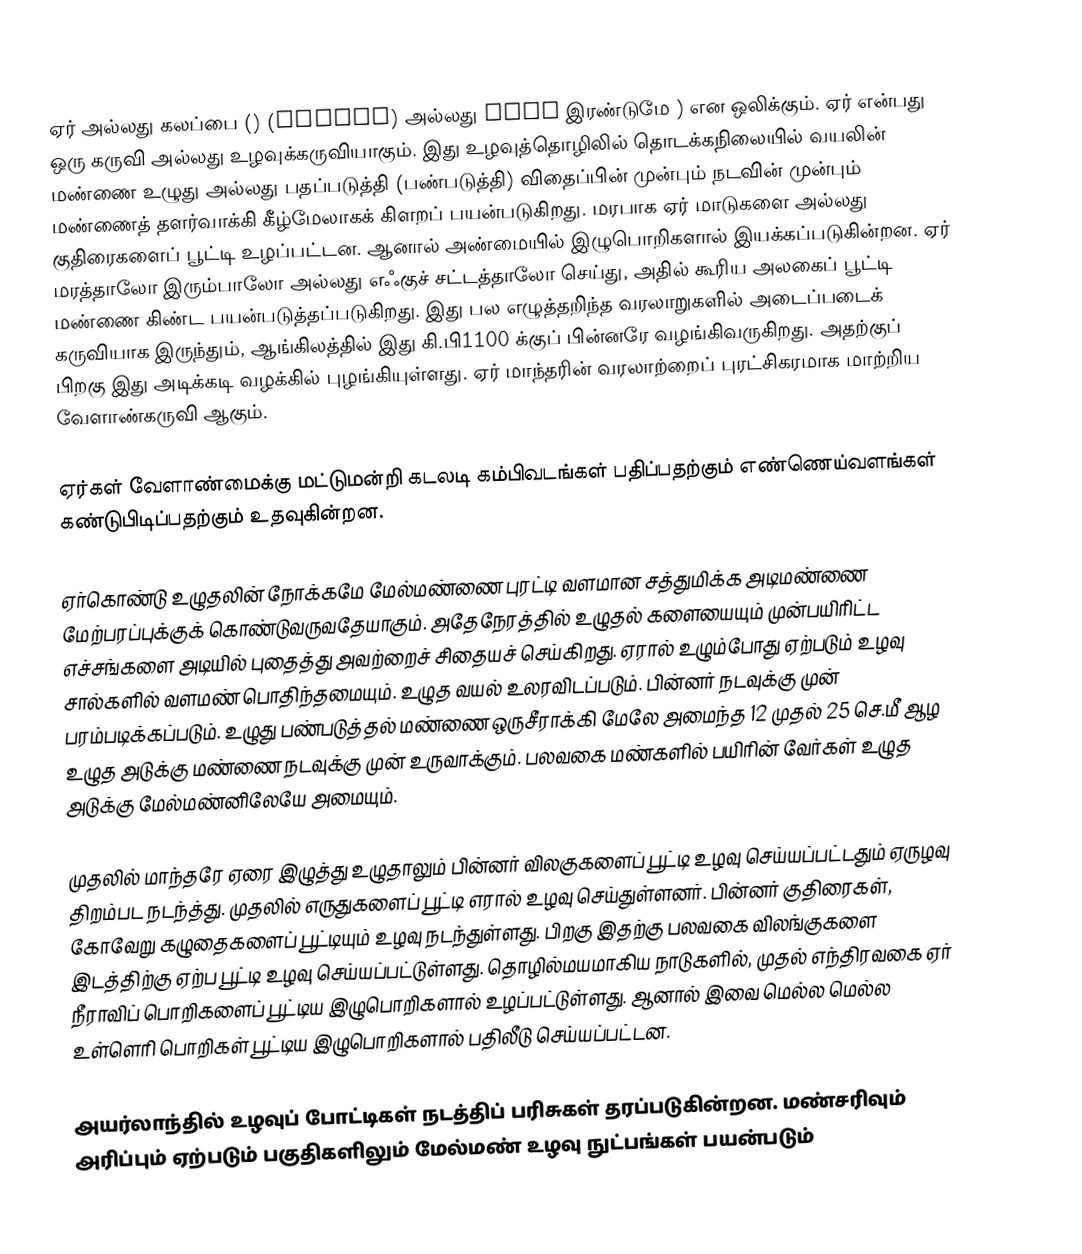
ஏர் அல்லது கலப்பை  ()  (plough) அல்லது plow இரண்டுமே ) என ஒலிக்கும். ஏர் என்பது ஒரு கருவி அல்லது உழவுக்கருவியாகும். இது உழவுத்தொழிலில் தொடக்கநிலையில் வயலின் மண்ணை உழுது அல்லது பதப்படுத்தி (பண்படுத்தி) விதைப்பின் முன்பும் நடவின் முன்பும் மண்ணைத் தளர்வாக்கி கீழ்மேலாகக் கிளறப் பயன்படுகிறது. மரபாக ஏர் மாடுகளை அல்லது குதிரைகளைப் பூட்டி உழப்பட்டன. ஆனால் அண்மையில் இழுபொறிகளால் இயக்கப்படுகின்றன. ஏர் மரத்தாலோ இரும்பாலோ அல்லது எஃகுச் சட்டத்தாலோ செய்து, அதில் கூரிய அலகைப் பூட்டி மண்ணை கிண்ட பயன்படுத்தப்படுகிறது. இது பல எழுத்தறிந்த வரலாறுகளில் அடைப்படைக் கருவியாக இருந்தும், ஆங்கிலத்தில் இது கி.பி1100 க்குப் பின்னரே வழங்கிவருகிறது. அதற்குப் பிறகு இது அடிக்கடி வழக்கில் புழங்கியுள்ளது. ஏர் மாந்தரின் வரலாற்றைப் புரட்சிகரமாக மாற்றிய வேளாண்கருவி ஆகும்.

ஏர்கள் வேளாண்மைக்கு மட்டுமன்றி கடலடி கம்பிவடங்கள் பதிப்பதற்கும் எண்ணெய்வளங்கள் கண்டுபிடிப்பதற்கும் உதவுகின்றன.

ஏர்கொண்டு உழுதலின் நோக்கமே மேல்மண்ணை புரட்டி வளமான சத்துமிக்க அடிமண்ணை மேற்பரப்புக்குக் கொண்டுவருவதேயாகும். அதேநேரத்தில் உழுதல் களையையும் முன்பயிரிட்ட எச்சங்களை அடியில் புதைத்து அவற்றைச் சிதையச் செய்கிறது. ஏரால் உழும்போது ஏற்படும் உழவு சால்களில் வளமண் பொதிந்தமையும். உழுத வயல் உலரவிடப்படும். பின்னர் நடவுக்கு முன் பரம்படிக்கப்படும். உழுது பண்படுத்தல் மண்ணை ஒருசீராக்கி மேலே அமைந்த 12 முதல் 25 செ.மீ ஆழ உழுத அடுக்கு மண்ணை நடவுக்கு முன் உருவாக்கும். பலவகை மண்களில் பயிரின் வேர்கள் உழுத அடுக்கு மேல்மண்னிலேயே அமையும்.

முதலில் மாந்தரே ஏரை இழுத்து உழுதாலும் பின்னர் விலகுகளைப் பூட்டி உழவு செய்யப்பட்டதும் ஏருழவு திறம்பட நடந்த்து. முதலில் எருதுகளைப் பூட்டி எரால் உழவு செய்துள்ளனர். பின்னர் குதிரைகள், கோவேறு கழுதைகளைப் பூட்டியும் உழவு நடந்துள்ளது. பிறகு இதற்கு பலவகை விலங்குகளை இடத்திற்கு ஏற்ப பூட்டி உழவு செய்யப்பட்டுள்ளது. தொழில்மயமாகிய நாடுகளில், முதல் எந்திரவகை ஏர் நீராவிப் பொறிகளைப் பூட்டிய இழுபொறிகளால் உழப்பட்டுள்ளது. ஆனால் இவை மெல்ல மெல்ல உள்ளெரி பொறிகள் பூட்டிய இழுபொறிகளால் பதிலீடு செய்யப்பட்டன.

அயர்லாந்தில் உழவுப் போட்டிகள் நடத்திப் பரிசுகள் தரப்படுகின்றன. மண்சரிவும் அரிப்பும் ஏற்படும் பகுதிகளிலும் மேல்மண் உழவு நுட்பங்கள் பயன்படும்